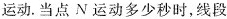
运动。当点N运动多少秒时，线段